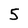
Character: 5